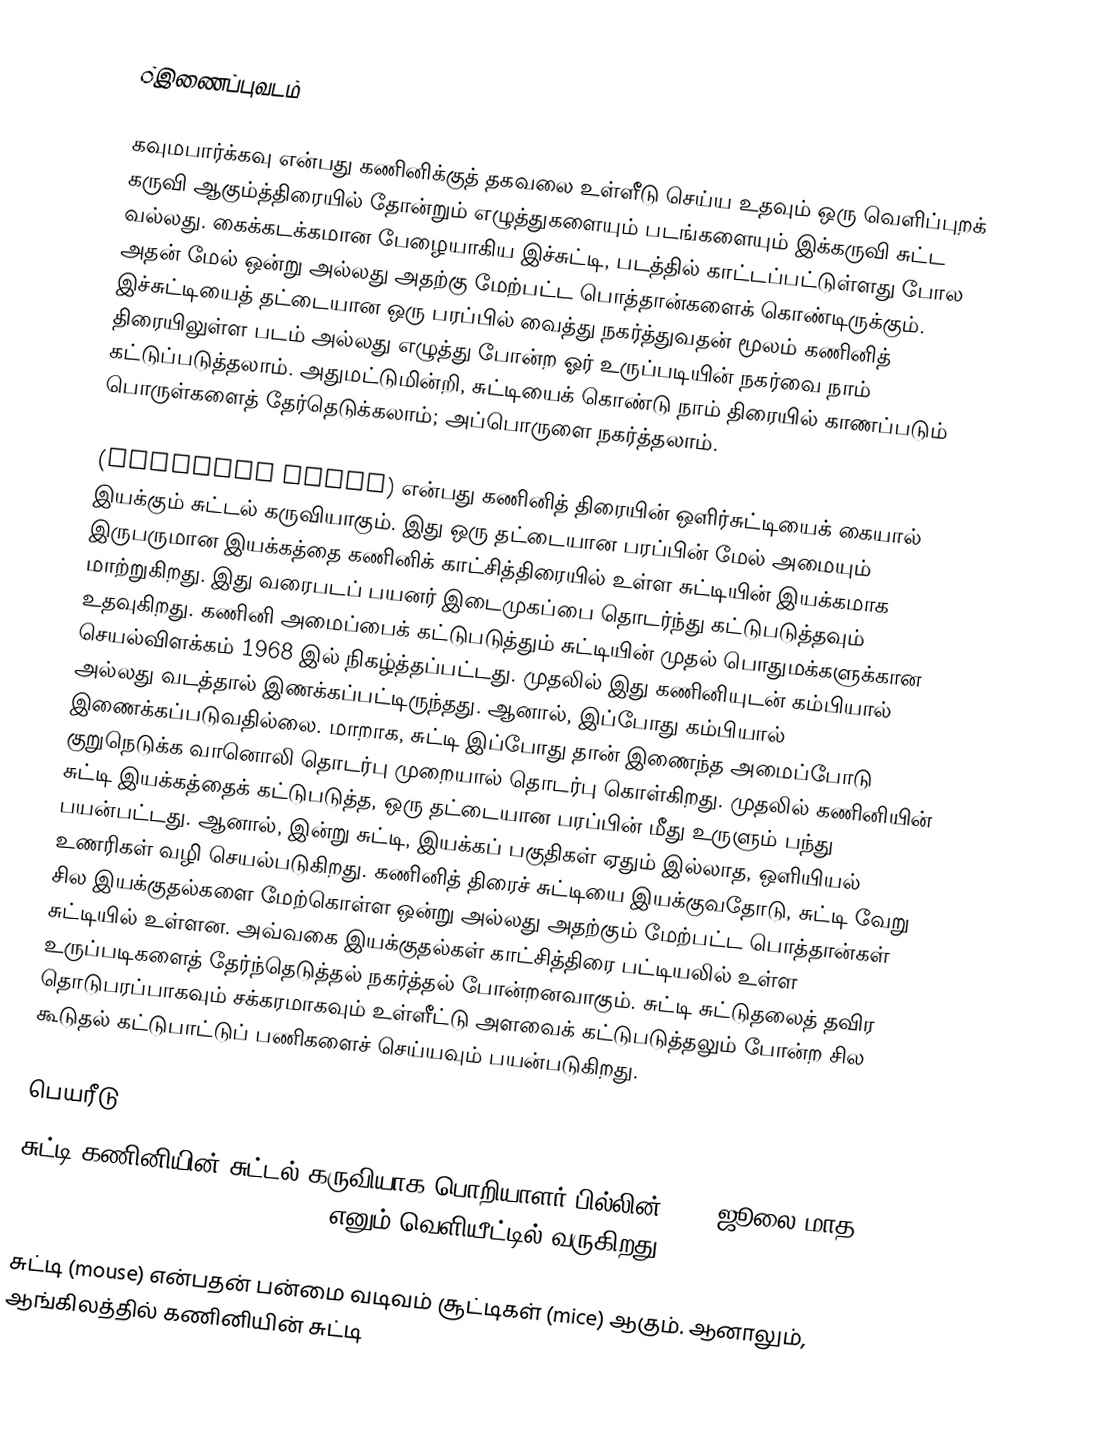
்இணைப்புவடம்

கவுமபார்க்கவு என்பது கணினிக்குத் தகவலை உள்ளீடு செய்ய உதவும் ஒரு வெளிப்புறக் கருவி ஆகும்த்திரையில் தோன்றும் எழுத்துகளையும் படங்களையும் இக்கருவி சுட்ட வல்லது. கைக்கடக்கமான பேழையாகிய இச்சுட்டி, படத்தில் காட்டப்பட்டுள்ளது போல அதன் மேல் ஒன்று அல்லது அதற்கு மேற்பட்ட பொத்தான்களைக் கொண்டிருக்கும். இச்சுட்டியைத் தட்டையான ஒரு பரப்பில் வைத்து நகர்த்துவதன் மூலம் கணினித் திரையிலுள்ள படம் அல்லது எழுத்து போன்ற ஓர் உருப்படியின்  நகர்வை நாம் கட்டுப்படுத்தலாம். அதுமட்டுமின்றி, சுட்டியைக் கொண்டு நாம் திரையில் காணப்படும் பொருள்களைத் தேர்தெடுக்கலாம்; அப்பொருளை நகர்த்தலாம்.

(computer mouse) என்பது கணினித் திரையின் ஒளிர்சுட்டியைக் கையால் இயக்கும் சுட்டல் கருவியாகும். இது ஒரு தட்டையான பரப்பின் மேல் அமையும் இருபருமான இயக்கத்தை கணினிக் காட்சித்திரையில் உள்ள சுட்டியின் இயக்கமாக மாற்றுகிறது. இது வரைபடப் பயனர் இடைமுகப்பை தொடர்ந்து கட்டுபடுத்தவும் உதவுகிறது. கணினி அமைப்பைக் கட்டுபடுத்தும் சுட்டியின் முதல் பொதுமக்களுக்கான செயல்விளக்கம் 1968 இல் நிகழ்த்தப்பட்டது.  முதலில் இது கணினியுடன் கம்பியால் அல்லது வடத்தால் இணக்கப்பட்டிருந்தது. ஆனால், இப்போது கம்பியால் இணைக்கப்படுவதில்லை. மாறாக, சுட்டி இப்போது தான் இணைந்த அமைப்போடு குறுநெடுக்க வானொலி தொடர்பு முறையால்  தொடர்பு கொள்கிறது.  முதலில் கணினியின் சுட்டி இயக்கத்தைக் கட்டுபடுத்த, ஒரு தட்டையான பரப்பின் மீது உருளும் பந்து பயன்பட்டது. ஆனால், இன்று சுட்டி,  இயக்கப் பகுதிகள் ஏதும் இல்லாத, ஒளியியல் உணரிகள் வழி செயல்படுகிறது. கணினித் திரைச் சுட்டியை இயக்குவதோடு, சுட்டி வேறு சில இயக்குதல்களை மேற்கொள்ள ஒன்று அல்லது அதற்கும் மேற்பட்ட பொத்தான்கள் சுட்டியில் உள்ளன. அவ்வகை இயக்குதல்கள் காட்சித்திரை பட்டியலில் உள்ள உருப்படிகளைத் தேர்ந்தெடுத்தல் நகர்த்தல் போன்றனவாகும். சுட்டி சுட்டுதலைத் தவிர தொடுபரப்பாகவும் சக்கரமாகவும் உள்ளீட்டு அளவைக் கட்டுபடுத்தலும்  போன்ற சில கூடுதல் கட்டுபாட்டுப் பணிகளைச் செய்யவும் பயன்படுகிறது.

பெயரீடு
சுட்டி கணினியின் சுட்டல் கருவியாக பொறியாளர் பில்லின் 1965 ஜூலை மாத "Computer-Aided Display Control" எனும் வெளியீட்டில் வருகிறது.

சுட்டி (mouse) என்பதன் பன்மை வடிவம் சூட்டிகள் (mice) ஆகும். ஆனாலும், ஆங்கிலத்தில் கணினியின் சுட்டி